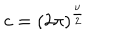
c = { \left( 2 \pi \right) } ^ { \frac { \nu } { 2 } }